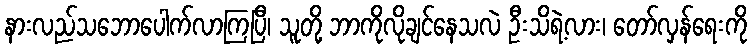
နားလည်သဘောပေါက်လာကြပြီ၊ သူတို့ ဘာကိုလိုချင်နေသလဲ ဦးသိရဲ့လား၊ တော်လှန်ရေးကို